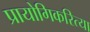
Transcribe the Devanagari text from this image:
प्रायोगिकरित्या